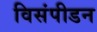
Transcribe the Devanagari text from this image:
विसंपीडन